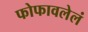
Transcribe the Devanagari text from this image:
फोफावलेलं